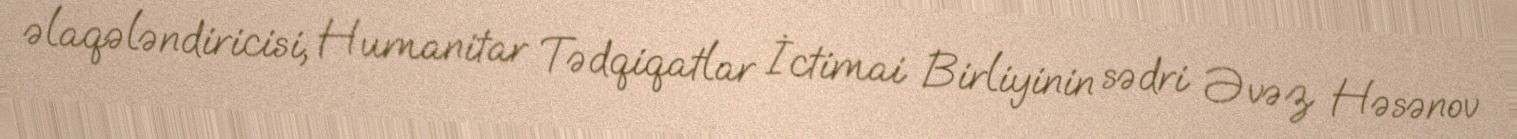
əlaqələndiricisi, Humanitar Tədqiqatlar İctimai Birliyinin sədri Əvəz Həsənov